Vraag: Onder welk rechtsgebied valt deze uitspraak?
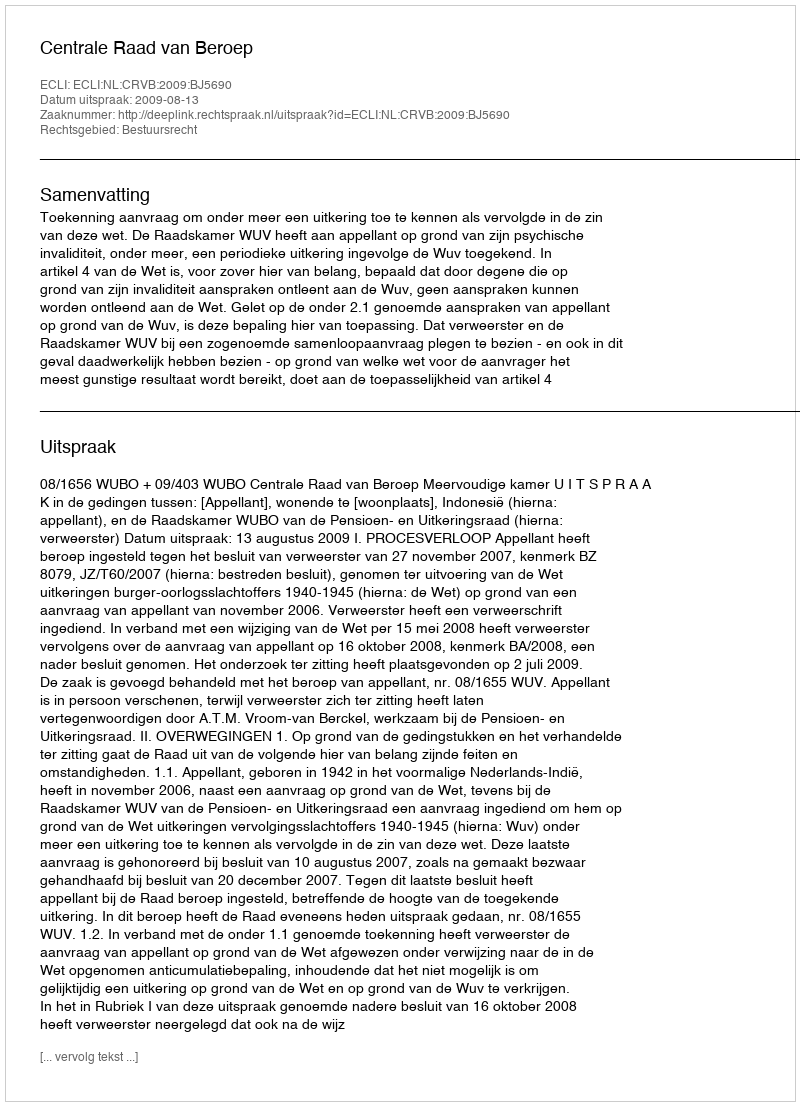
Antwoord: Bestuursrecht